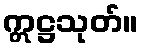
ဣဋ္ဌသုတ်။